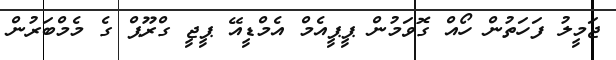
ޖަމީލު ފަހަތުން ހޯއް ގޮވަމުން ޕީޕީއެމް އެމްޑީއޭ ޕީޖީ ގްރޫޕް ގެ މެމްބަރުން